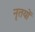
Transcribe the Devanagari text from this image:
नृतयों